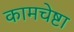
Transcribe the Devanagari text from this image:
कामचेष्टा